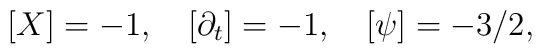
[X] = -1 , \quad [\partial_{t}] = -1 , \quad [\psi] = -3/2 ,